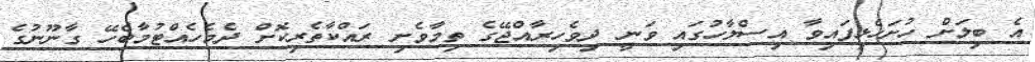
އެ ބިލަށް ހުށަހެޅިފައިވާ އިސްލާހުގައި ވަނީ ދިވެހިރާއްޖޭގެ ތިމާވެށި ރައްކާތެރިކޮށް ދެމެހެއްޓުމާބެހޭ ގާނޫނުގެ